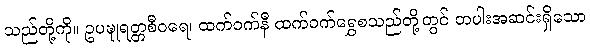
သည်တို့ကို။ ဥပဍ္ဎုရတ္တစီဝရေ၊ ထက်ဝက်နီ ထက်ဝက်ရွှေစသည်တို့တွင် တပါးအဆင်းရှိသော